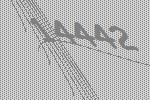
14442